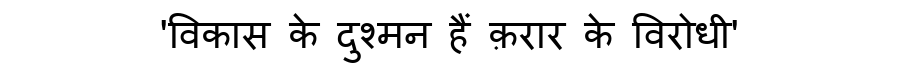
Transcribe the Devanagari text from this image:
'विकास के दुश्मन हैं क़रार के विरोधी'